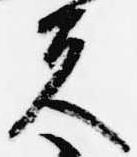
夫